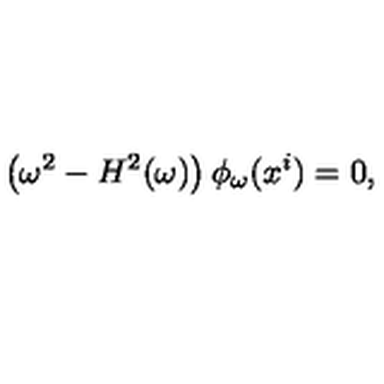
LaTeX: \left( \omega ^ { 2 } - H ^ { 2 } ( \omega ) \right) \phi _ { \omega } ( x ^ { i } ) = 0 ,